Annual statistical returns and brief notes on vaccination in Bengal - 1909-1929
Year: 1909
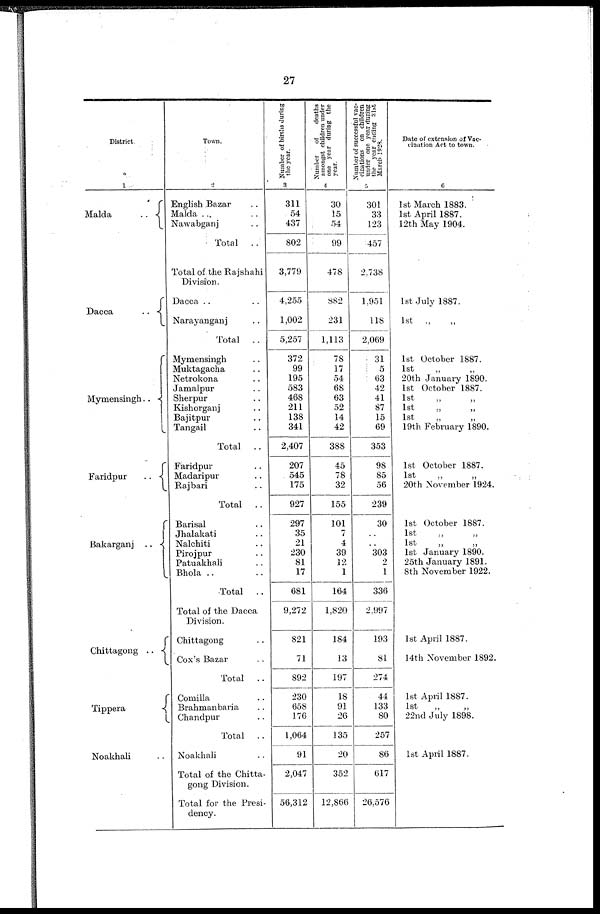
27
District.
1
Malda
..
Dacca..
Mymensingh..
Faridpur..
Bakarganj..
Chittagong
..
Tippera..
Noakhali
Town.
2
English Bazar..
Malda ...
Nawabganj..
Total
..
Total of the Rajshahi
Division.
Dacca..
Narayanganj..
Total
..
Mymensingh..
Muktagacha..
Netrokona..
Jamalpur..
Sherpur..
Kishorganj..
Bajitpur..
Tangail..
Total
..
Faridpur..
Madaripur..
Rajbari..
Total
..
Barisal..
Jhalakati..
Nalchiti..
Pirojpur..
Patuakhali..
Bhola ..
Total
..
Total of the Dacca
Division.
Chittagong..
Cox's Bazar..
Total
..
Comilla..
Brahmanbaria..
Chandpur..
Total
..
Noakhali..
Total of the Chitta-
gong Division.
Total for the Presi-
dency.
Number of births during
the year.
3
311
54
437
802
3,779
4,255
1,002
5,257
372
99
195
583
468
211
138
341
2,407
207
545
175
927
297
35
21
230
81
17
681
9,272
821
71
892
230
658
176
1,064
91
2,047
56,312
Number
of
deaths
amongst children under
one year during the
year.
4
30
15
54
99
478
882
231
1,113
78
17
54
68
63
52
14
42
388
45
78
32
155
101
7
4
39
12
1
164
1,820
184
13
197
18
91
26
135
20
352
12,866
Number of successful vac-
cinations on children
under one year during
the year ending 31st
March 1928.
5
301
33
123
457
2,738
1,951
118
2,069
31
5
63
42
41
87
15
69
353
98
85
56
239
30
..
..
303
2
1
336
2,997
193
81
274
44
133
80
257
86
617
26,576
Date of extension of Vac-
cination Art to town.
6
1st March 1883.
1st April 1887.
12th May 1904.
1st July 1887.
1st „ „
1st October 1887.
1st „ „
20th January 1890.
1st October 1887.
1st „ „
1st „ „
1st „ „
19th February 1890.
1st October 1887.
1st
„
„
20th November 1924.
1st October 1887.
1st „ „
1st
„
„
1st January 1890.
25th January 1891.
8th November 1922.
1st April 1887.
14th November 1892.
1st April 1887.
1st „ „
22nd July 1898.
1st April 1887.